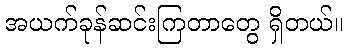
အယက်ခုန်ဆင်းကြတာတွေ ရှိတယ်။